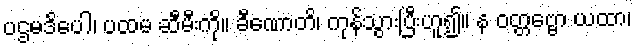
ပဌမဒိပေါ၊ ပထမ ဆီမီးကို။ ခီဏောတိ၊ ကုန်သွားပြီးဟူ၍။ န ဝတ္တဗ္ဗော ယထာ၊